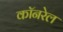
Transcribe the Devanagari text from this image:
कॉनरेल